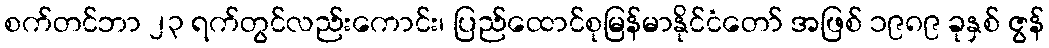
စက်တင်ဘာ ၂၃ ရက်တွင်လည်းကောင်း၊ ပြည်ထောင်စုမြန်မာနိုင်ငံတော် အဖြစ် ၁၉၈၉ ခုနှစ် ဇွန်